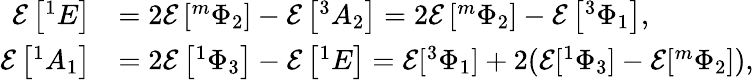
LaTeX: \begin{array}{rl}{\mathcal{E}\left[^{1}E\right]}&{=2\mathcal{E}\left[^{m}\Phi_{2}\right]-\mathcal{E}\left[^{3}A_{2}\right]=2\mathcal{E}\left[^{m}\Phi_{2}\right]-\mathcal{E}\left[^{3}\Phi_{1}\right],}\\ {\mathcal{E}\left[^{1}A_{1}\right]}&{=2\mathcal{E}\left[^{1}\Phi_{3}\right]-\mathcal{E}\left[^{1}E\right]=\mathcal{E}[^{3}\Phi_{1}]+2(\mathcal{E}[^{1}\Phi_{3}]-\mathcal{E}[^{m}\Phi_{2}]),}\end{array}